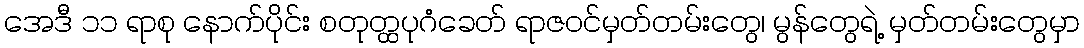
အေဒီ ၁၁ ရာစု နောက်ပိုင်း စတုတ္ထပုဂံခေတ် ရာဇဝင်မှတ်တမ်းတွေ၊ မွန်တွေရဲ့ မှတ်တမ်းတွေမှာ